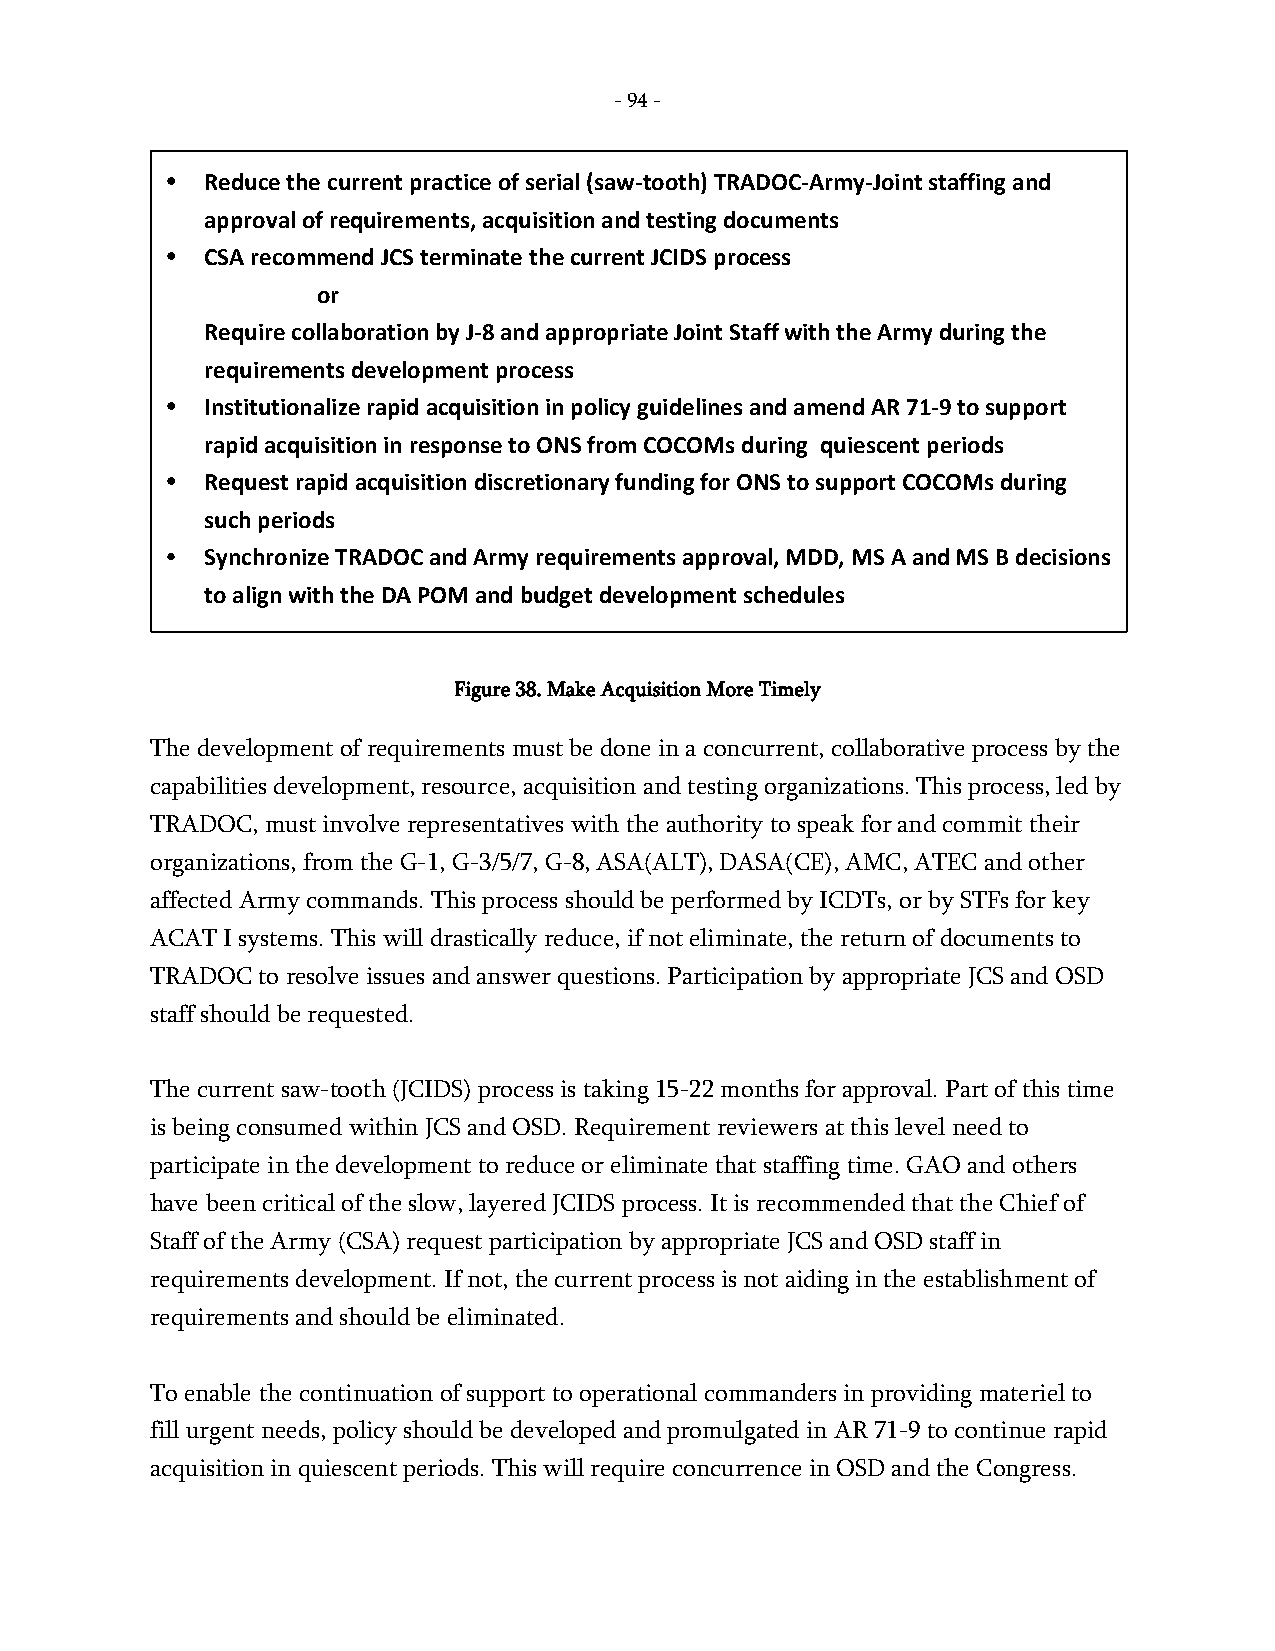
- 94 -
 •  Reduce the current practice of serial (saw-tooth) TRADOC-Army-Joint staffing and
 approval of requirements, acquisition and testing documents
 •  CSA recommend JCS terminate the current JCIDS process
 or
 Require collaboration by J-8 and appropriate Joint Staff with the Army during the
 requirements development process
 •  Institutionalize rapid acquisition in policy guidelines and amend AR 71-9 to support
 rapid acquisition in response to ONS from COCOMs during quiescent periods
 •  Request rapid acquisition discretionary funding for ONS to support COCOMs during
 such periods
 •  Synchronize TRADOC and Army requirements approval, MDD, MS A and MS B decisions
 to align with the DA POM and budget development schedules
 Figure 38. Make Acquisition More Timely
 The development of requirements must be done in a concurrent, collaborative process by the
 capabilities development, resource, acquisition and testing organizations. This process, led by
 TRADOC, must involve representatives with the authority to speak for and commit their
 organizations, from the G-1, G-3/5/7, G-8, ASA(ALT), DASA(CE), AMC, ATEC and other
 affected Army commands. This process should be performed by ICDTs, or by STFs for key
 ACAT I systems. This will drastically reduce, if not eliminate, the return of documents to
 TRADOC to resolve issues and answer questions. Participation by appropriate JCS and OSD
 staff should be requested.
 The current saw-tooth (JCIDS) process is taking 15-22 months for approval. Part of this time
 is being consumed within JCS and OSD. Requirement reviewers at this level need to
 participate in the development to reduce or eliminate that staffing time. GAO and others
 have been critical of the slow, layered JCIDS process. It is recommended that the Chief of
 Staff of the Army (CSA) request participation by appropriate JCS and OSD staff in
 requirements development. If not, the current process is not aiding in the establishment of
 requirements and should be eliminated.
 To enable the continuation of support to operational commanders in providing materiel to
 fill urgent needs, policy should be developed and promulgated in AR 71-9 to continue rapid
 acquisition in quiescent periods. This will require concurrence in OSD and the Congress.
 -
 94
 -